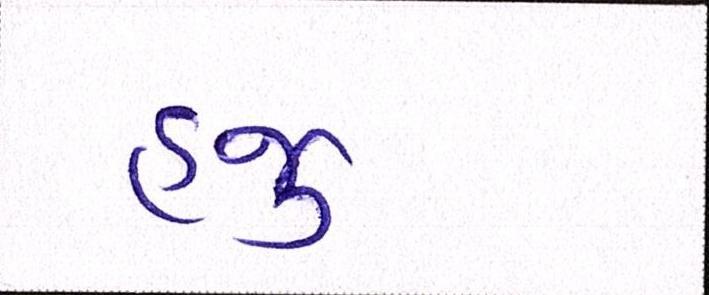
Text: હજુ